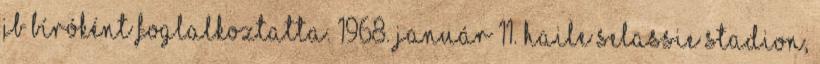
JB bíróként foglalkoztatta. 1968. január 11. Haile Selassie Stadion,